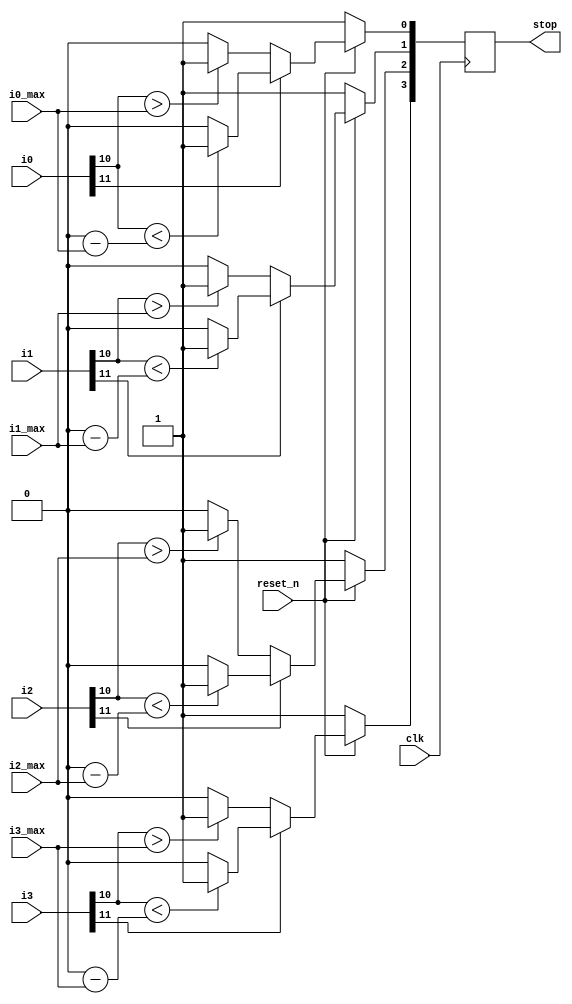
module servo_protect(
    clk,
    reset_n,
    i0,
    i1,
    i2,
    i3,

    i0_max,
    i1_max,
    i2_max,
    i3_max,

    stop
);

parameter ADC_WIDTH = 12;
localparam SERVO_NUM = 4;

input clk;
input reset_n;
input [ADC_WIDTH-1:0]    i0;
input [ADC_WIDTH-1:0]    i1;
input [ADC_WIDTH-1:0]    i2;
input [ADC_WIDTH-1:0]    i3;

input [ADC_WIDTH-2:0]    i0_max;
input [ADC_WIDTH-2:0]    i1_max;
input [ADC_WIDTH-2:0]    i2_max;
input [ADC_WIDTH-2:0]    i3_max;

output reg [3:0] stop;

wire  [ADC_WIDTH-1:0] si0;
wire  [ADC_WIDTH-1:0] si1;
wire  [ADC_WIDTH-1:0] si2;
wire  [ADC_WIDTH-1:0] si3;
wire  [ADC_WIDTH-1:0] i0_max_neg;
wire  [ADC_WIDTH-1:0] i1_max_neg;
wire  [ADC_WIDTH-1:0] i2_max_neg;
wire  [ADC_WIDTH-1:0] i3_max_neg;

assign si0 = i0;
assign si1 = i1;
assign si2 = i2;
assign si3 = i3;

assign i0_max_neg = {ADC_WIDTH{1'b0}} - {1'b0, i0_max};
assign i1_max_neg = {ADC_WIDTH{1'b0}} - {1'b0, i1_max};
assign i2_max_neg = {ADC_WIDTH{1'b0}} - {1'b0, i2_max};
assign i3_max_neg = {ADC_WIDTH{1'b0}} - {1'b0, i3_max};

always @(posedge clk) begin
    if (~reset_n) begin
        stop <= {SERVO_NUM{1'b1}};
    end else begin
        if (si0[ADC_WIDTH-1]) begin
            stop[0] <= (si0[ADC_WIDTH-2] < i0_max_neg[ADC_WIDTH-2:0])? 1'b1: 1'b0;
        end else begin
            stop[0] <= (si0[ADC_WIDTH-2] > i0_max)? 1'b1: 1'b0;
        end

        if (si1[ADC_WIDTH-1]) begin
            stop[1] <= (si1[ADC_WIDTH-2] < i1_max_neg[ADC_WIDTH-2:0])? 1'b1: 1'b0;
        end else begin
            stop[1] <= (si1[ADC_WIDTH-2] > i1_max)? 1'b1: 1'b0;
        end

        if (si2[ADC_WIDTH-1]) begin
            stop[2] <= (si2[ADC_WIDTH-2] < i2_max_neg[ADC_WIDTH-2:0])? 1'b1: 1'b0;
        end else begin
            stop[2] <= (si2[ADC_WIDTH-2] > i2_max)? 1'b1: 1'b0;
        end

        if (si3[ADC_WIDTH-1]) begin
            stop[3] <= (si3[ADC_WIDTH-2] < i3_max_neg[ADC_WIDTH-2:0])? 1'b1: 1'b0;
        end else begin
            stop[3] <= (si3[ADC_WIDTH-2] > i3_max)? 1'b1: 1'b0;
        end
    end
end


endmodule